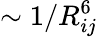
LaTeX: \sim 1/R_{ij}^{6}